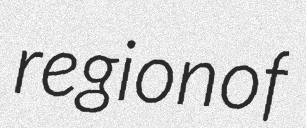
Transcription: region of